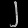
Digit: ၂